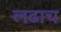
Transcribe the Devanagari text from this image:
लढाच